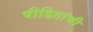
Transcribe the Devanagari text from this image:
पीडितांची